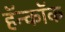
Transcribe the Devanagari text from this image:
हॅन्कॉक